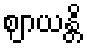
ဈာယန္တိ